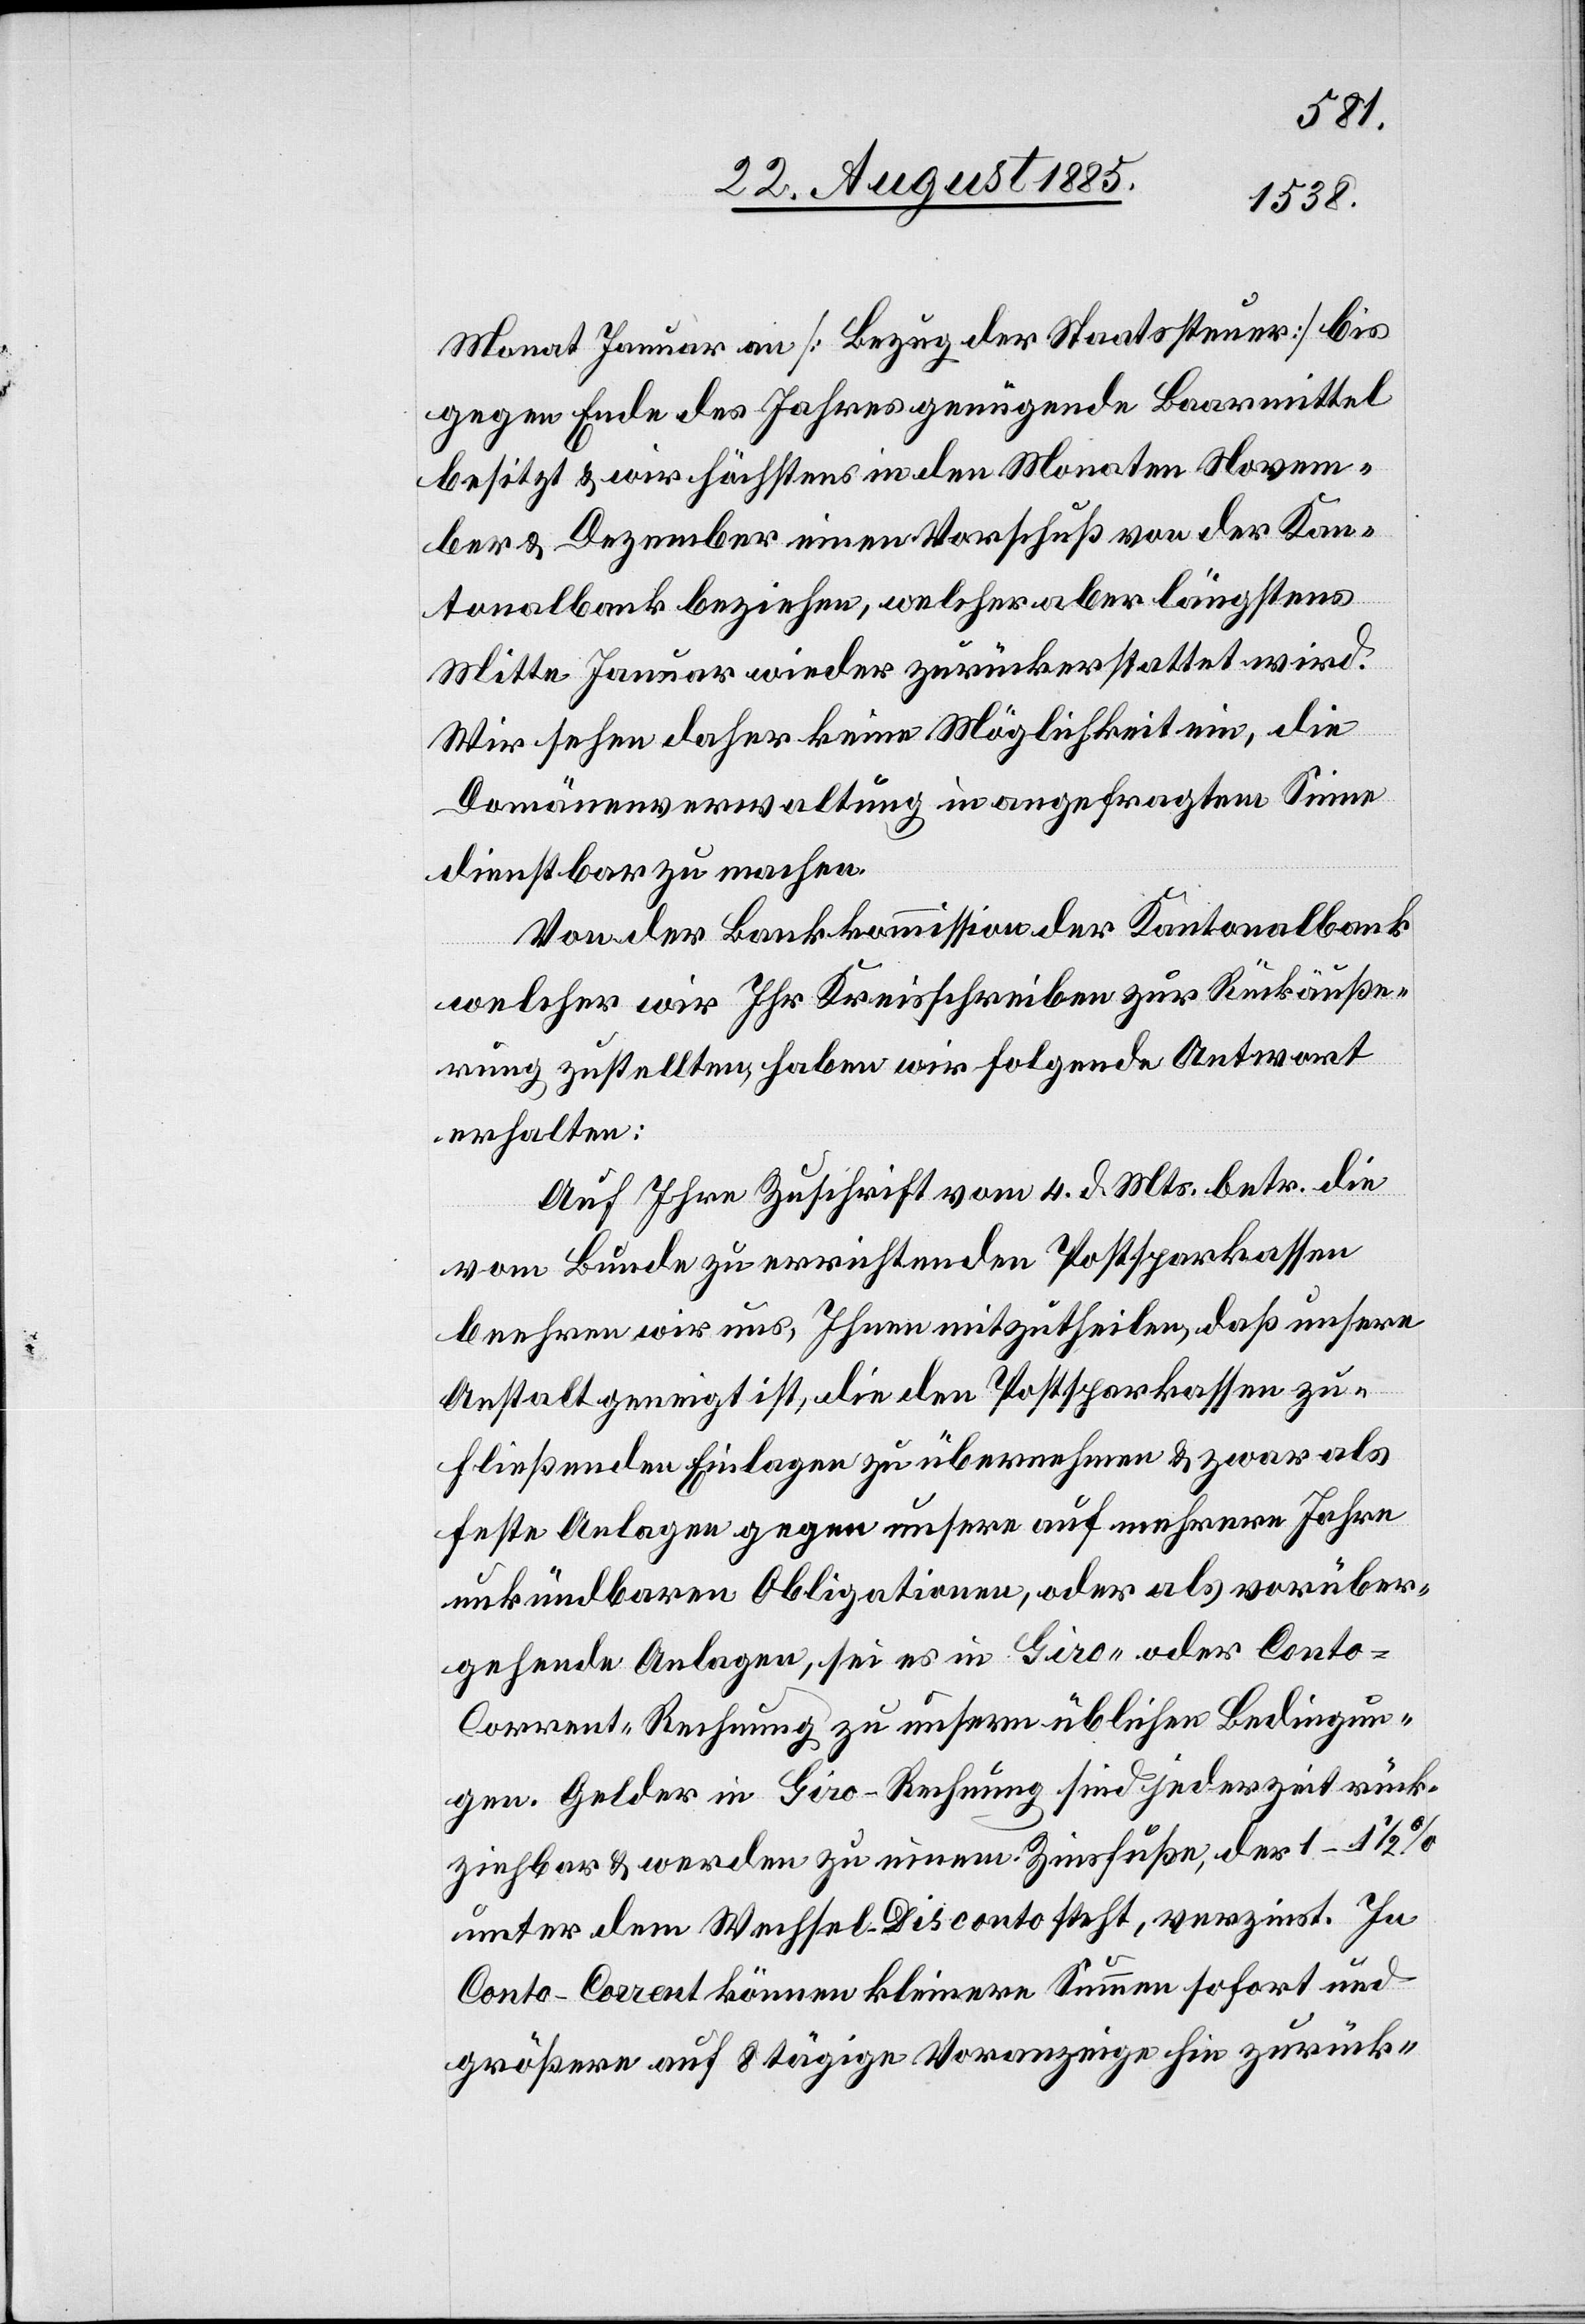
Monat Januar an [Bezug der Staatssteuer] bis
gegen Ende des Jahres genügende Baarmittel
besitzt & wir höchstens in den Monaten Novem¬
ber & Dezember einen Vorschuß von der Kan¬
tonalbank beziehen, welcher aber längstens
Mitte Januar wieder zurückerstattet wird.
Wir sehen daher keine Möglichkeit ein, die
Domänenverwaltung in angefragtem Sinne
dienstbar zu machen.
Von der Bankkommission der Kantonalbank
welcher wir Ihr Kreisschreiben zur Rückäuße¬
rung zustellten, haben wir folgende Antwort
erhalten:
Auf Ihre Zuschrift vom 4. d. Mts. betr. die
vom Bunde zu errichtenden Postsparkassen
beehren wir uns, Ihnen mitzutheilen, daß unsere
Anstalt geneigt ist, die den Postsparkassen zu¬
fließenden Einlagen zu übernehmen & zwar als
feste Anlagen gegen unsere auf mehrere Jahre
unkündbaren Obligationen, oder als vorüber¬
gehende Anlagen, sei es in Giro- oder Conto-C¬
orrent-Rechnung zu unsern üblichen Bedingun¬
gen. Gelder in Giro-Rechnung sind jederzeit rück¬
ziehbar & werden zu einem Zinsfuße, der 1–1
unter dem Wechsel-Disconto steht, verzinst. In
Conto-Corrent können kleine Summen sofort und
größere auf 8tägige Voranzeige hin zurück-